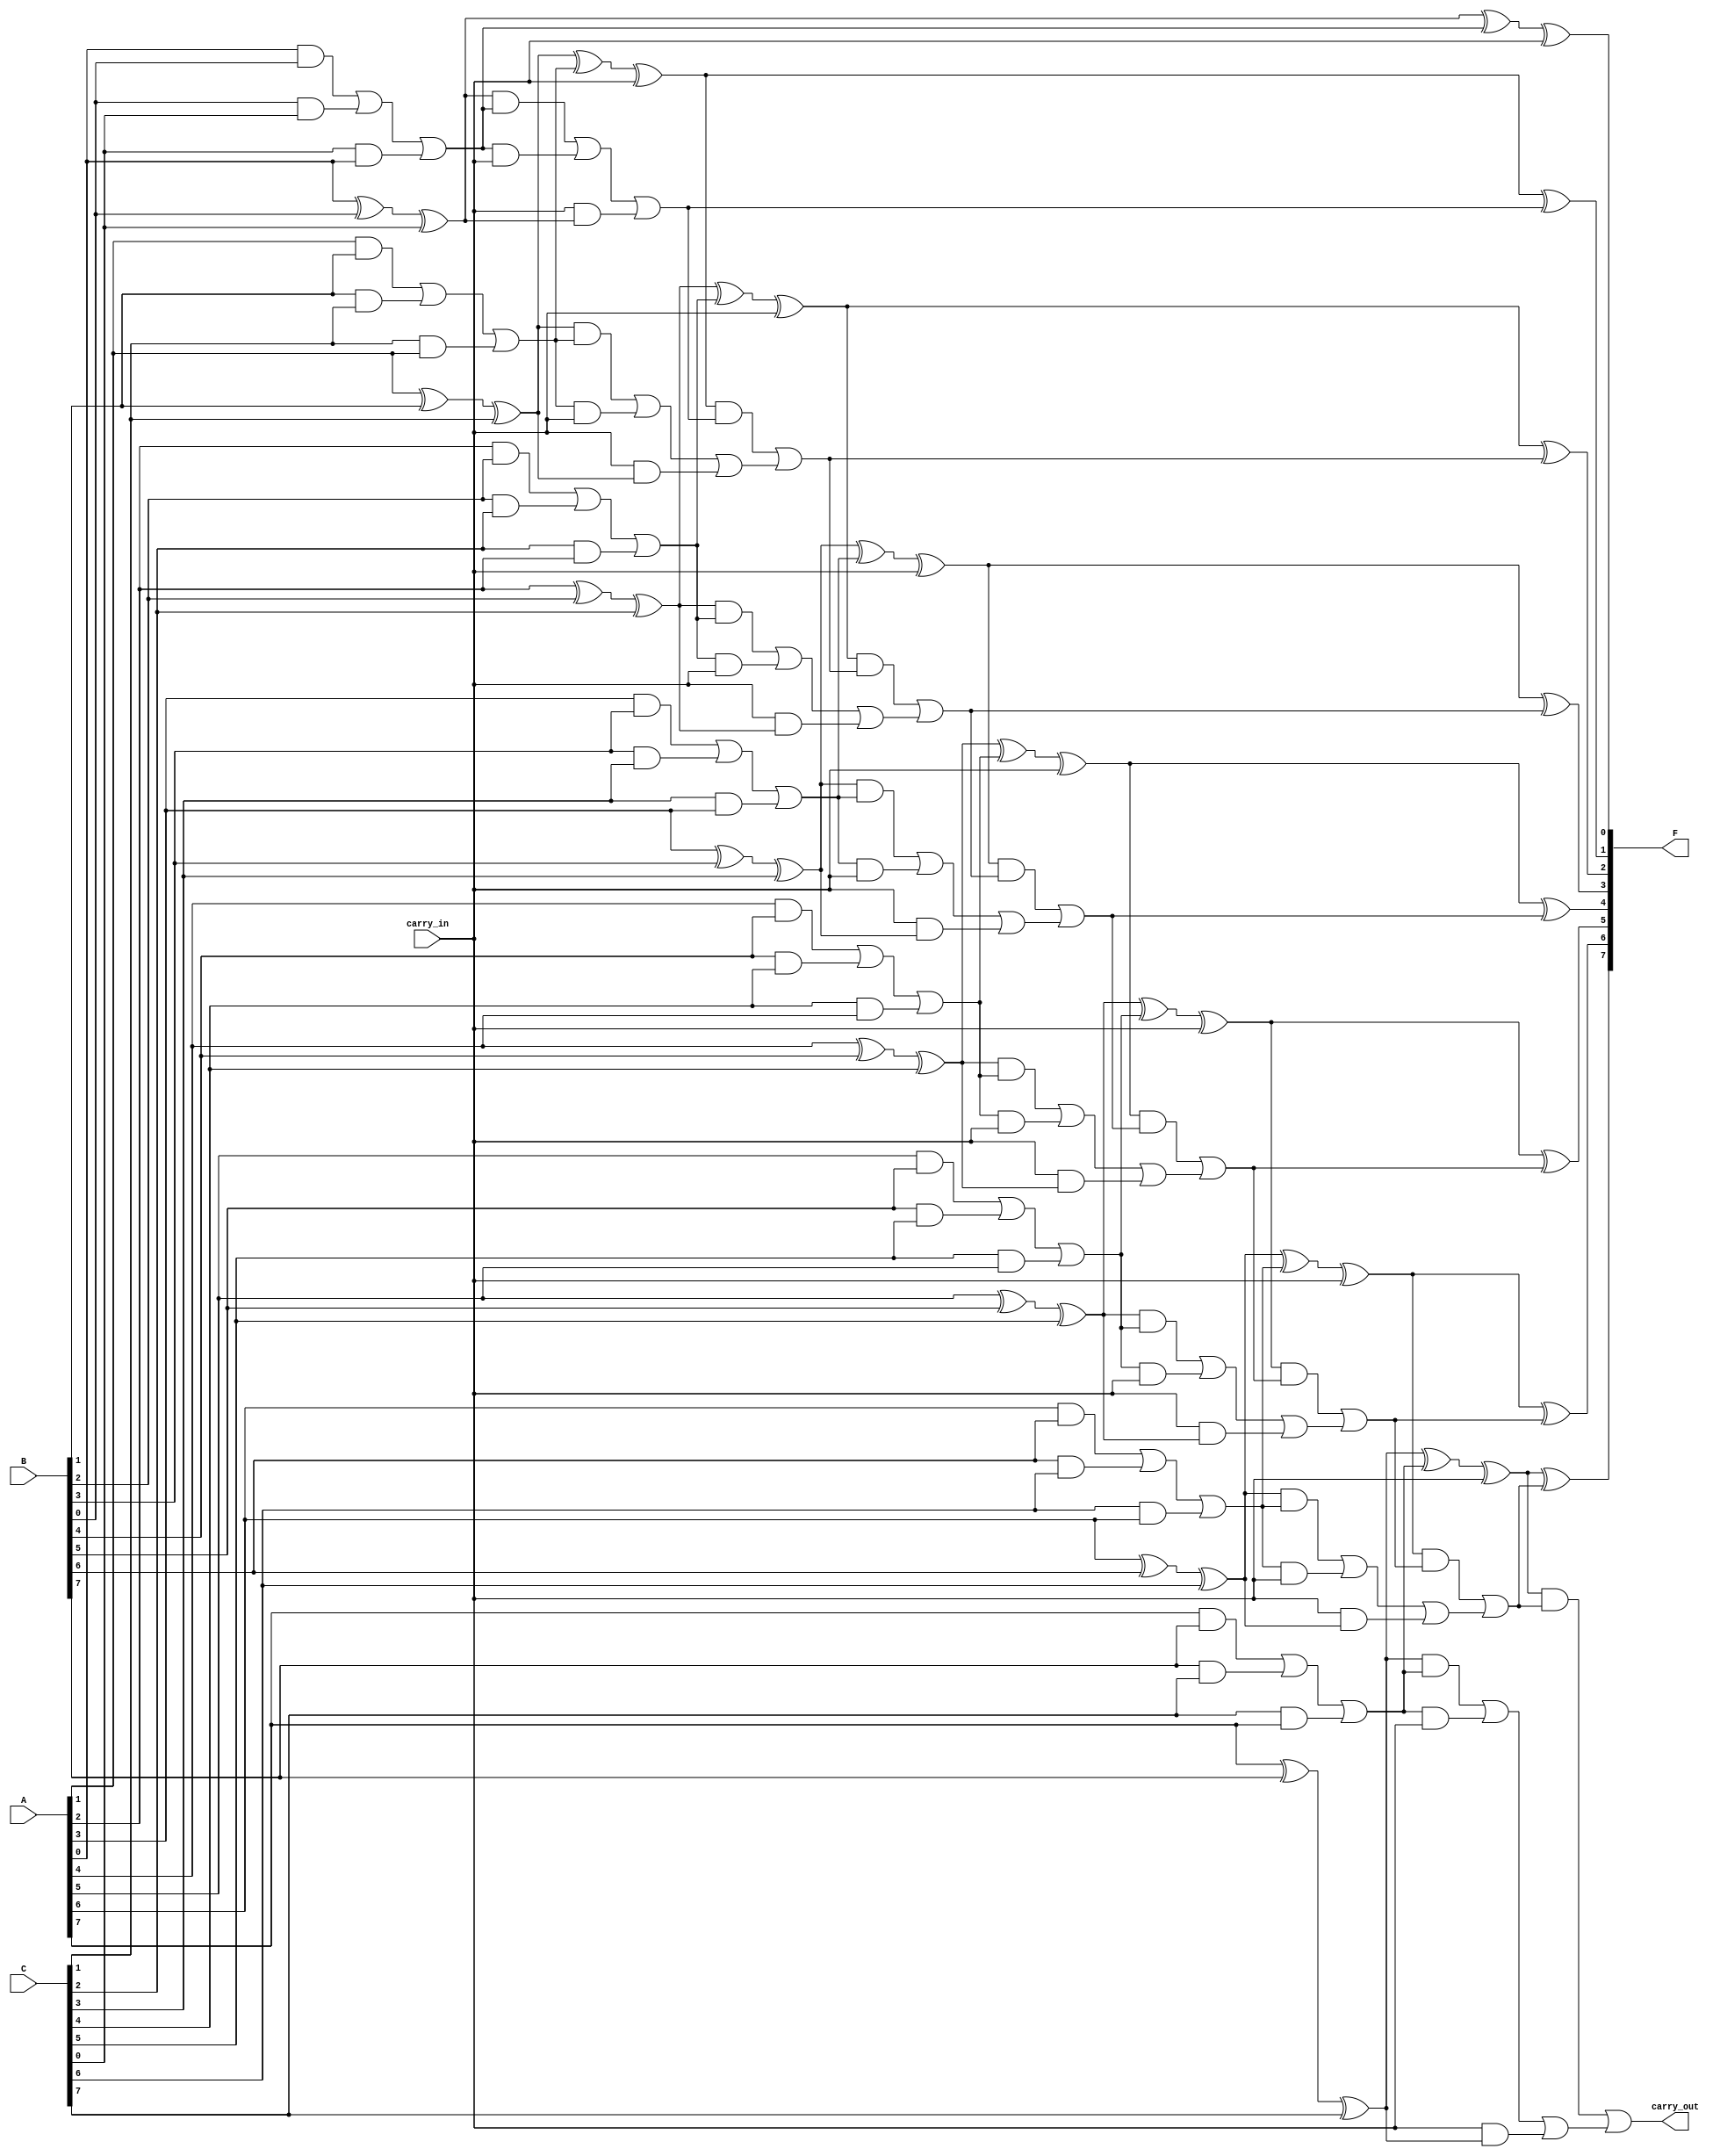
module carry_save_adder (
    input [n-1:0] A,  // First n-bit input
    input [n-1:0] B,  // Second n-bit input
    input [n-1:0] C,  // Third n-bit input
    input carry_in,    // Initial carry-in
    output [n-1:0] F,  // Final sum output
    output carry_out    // Final carry-out
);
    parameter n = 8; // Define the bit-width of the inputs

    // Intermediate sum and carry vectors
    wire [n-1:0] sum1, sum2;
    wire [n-1:0] carry1, carry2;

    // Carry Save Logic
    generate
        genvar i;
        for (i = 0; i < n; i = i + 1) begin : csa
            // Full Adder for each bit position
            assign sum1[i] = A[i] ^ B[i] ^ C[i]; // Sum without carry propagation
            assign carry1[i] = (A[i] & B[i]) | (B[i] & C[i]) | (C[i] & A[i]); // Carry bits
        end
    endgenerate

    // Second stage of Carry Save Adder
    generate
        for (i = 0; i < n; i = i + 1) begin : csa2
            // Full Adder for carry propagation
            assign sum2[i] = sum1[i] ^ carry1[i] ^ carry_in; // Intermediate sum
            assign carry2[i] = (sum1[i] & carry1[i]) | (carry1[i] & carry_in) | (carry_in & sum1[i]); // New carry bits
        end
    endgenerate

    // Final Carry Propagation using Ripple Carry Adder
    wire [n:0] final_carry; // To hold carry bits
    assign final_carry[0] = 0; // Initial carry is zero

    generate
        for (i = 0; i < n; i = i + 1) begin : rca
            assign F[i] = sum2[i] ^ final_carry[i]; // Final sum
            assign final_carry[i + 1] = (sum2[i] & final_carry[i]) | carry2[i]; // Final carry propagation
        end
    endgenerate

    assign carry_out = final_carry[n]; // Final carry-out

endmodule